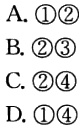
A. \(\textcircled{1}\textcircled{2}\)

B. \(\textcircled{2}\textcircled{3}\)

C. \(\textcircled{2}\textcircled{4}\)

D. \(\textcircled{1}\textcircled{4}\)